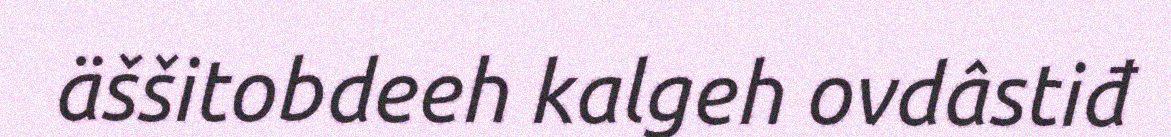
äššitobdeeh kalgeh ovdâstiđ